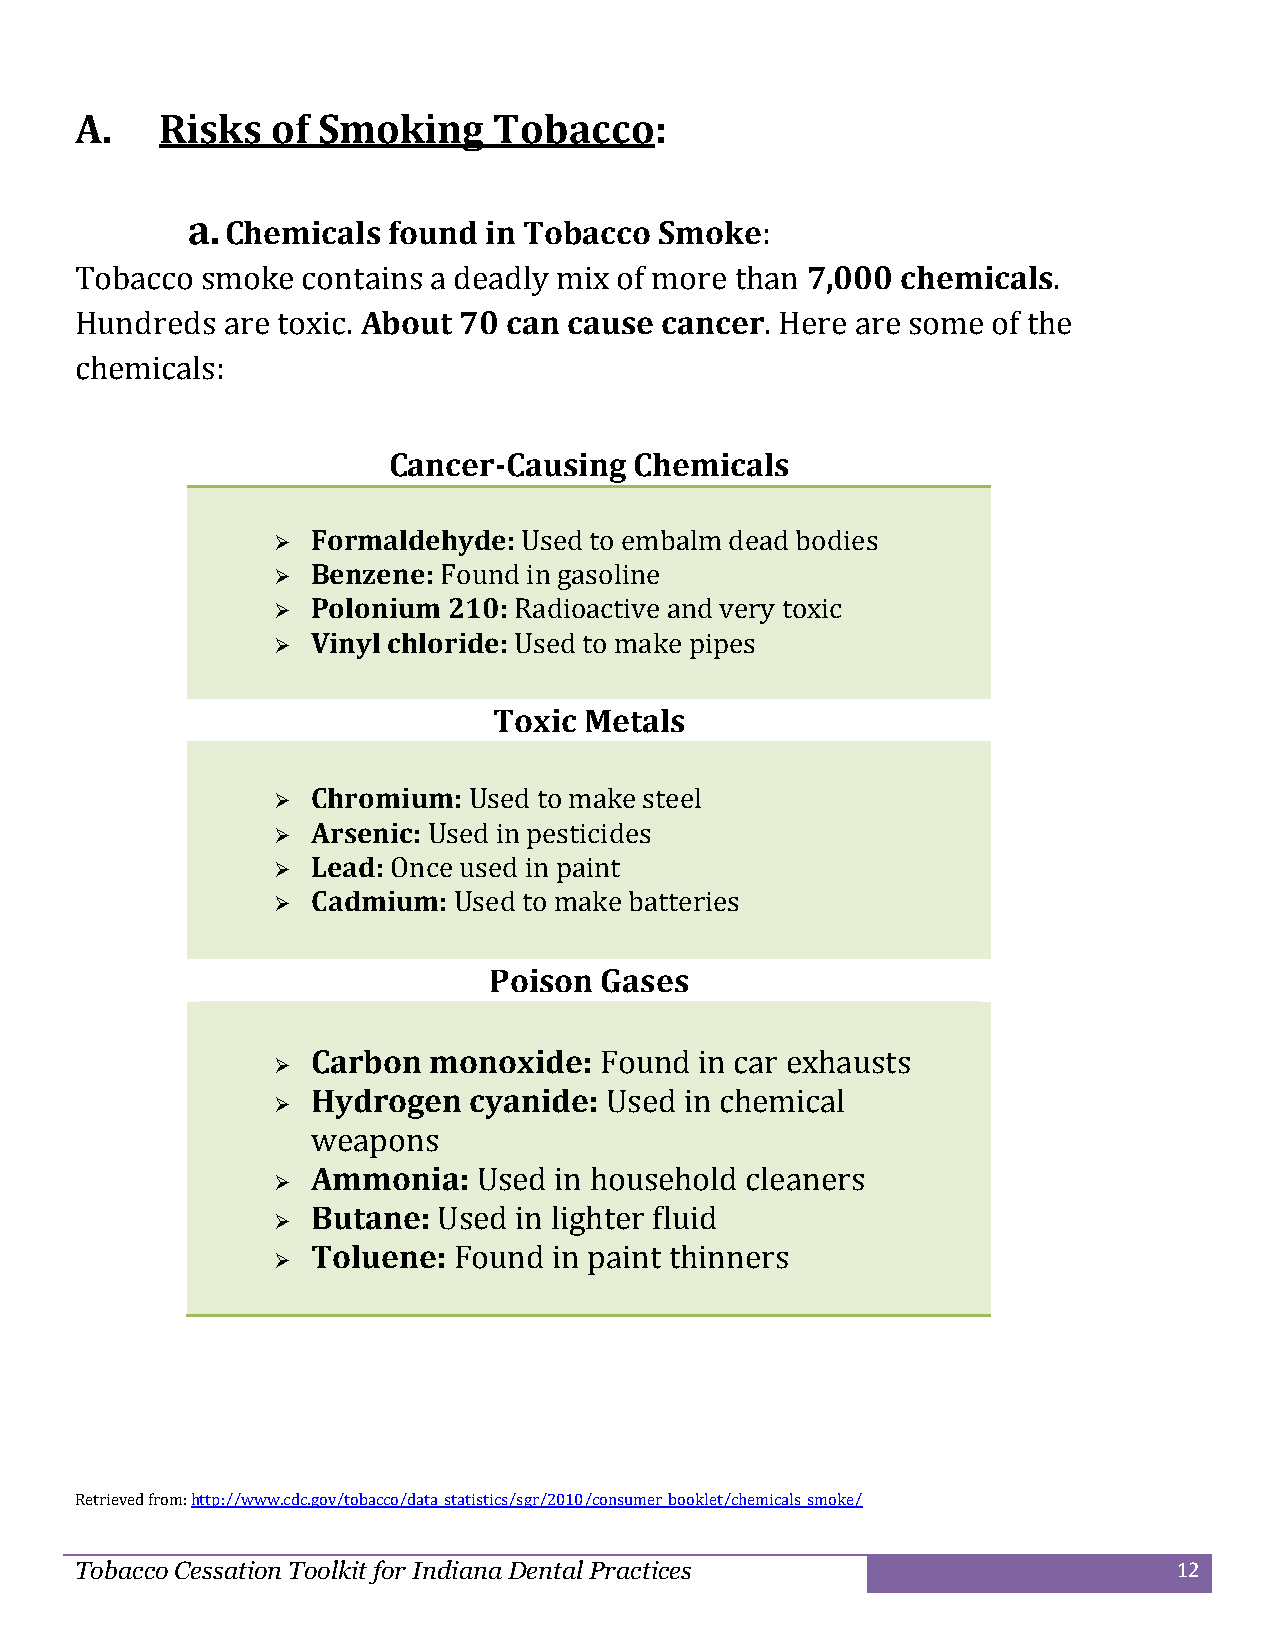
A.    Risks  of Smoking     Tobacco:
 a.
 Chemicals  found in Tobacco  Smoke:
 Tobacco smoke  contains a deadly mix of more than 7,000 chemicals.
 Hundreds  are toxic. About 70 can cause cancer. Here are some of the
 chemicals:
 Cancer-Causing  Chemicals
   Formaldehyde: Used to embalm dead bodies
   Benzene: Found in gasoline
   Polonium 210: Radioactive and very toxic
   Vinyl chloride: Used to make pipes
 Toxic Metals
   Chromium: Used to make steel
   Arsenic: Used in pesticides
   Lead: Once used in paint
   Cadmium: Used to make batteries
 Poison  Gases
 Carbon monoxide:   Found in car exhausts
 
 Hydrogen  cyanide: Used in chemical
 
 weapons
 Ammonia:   Used in household cleaners
 
 Butane: Used in lighter fluid
 
 Toluene: Found  in paint thinners
 
 Retrieved from: http://www.cdc.gov/tobacco/data_statistics/sgr/2010/consumer_booklet/chemicals_smoke/
 Tobacco Cessation Toolkit for Indiana Dental Practices                   12